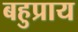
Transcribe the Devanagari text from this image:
बहुप्राय